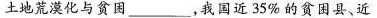
土地荒漠化与贫困___，我国近35%的贫困县、近